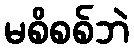
မစိစစ်ဘဲ